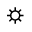
_ \sun